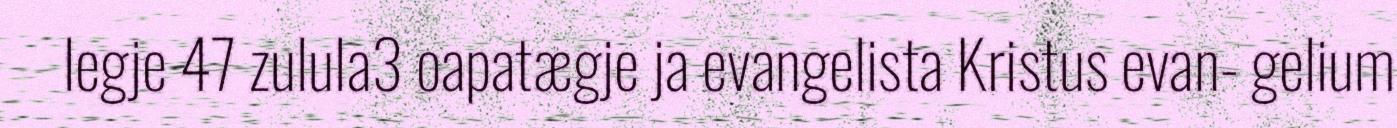
legje 47 zulula3 oapatægje ja evangelista Kristus evan- gelium